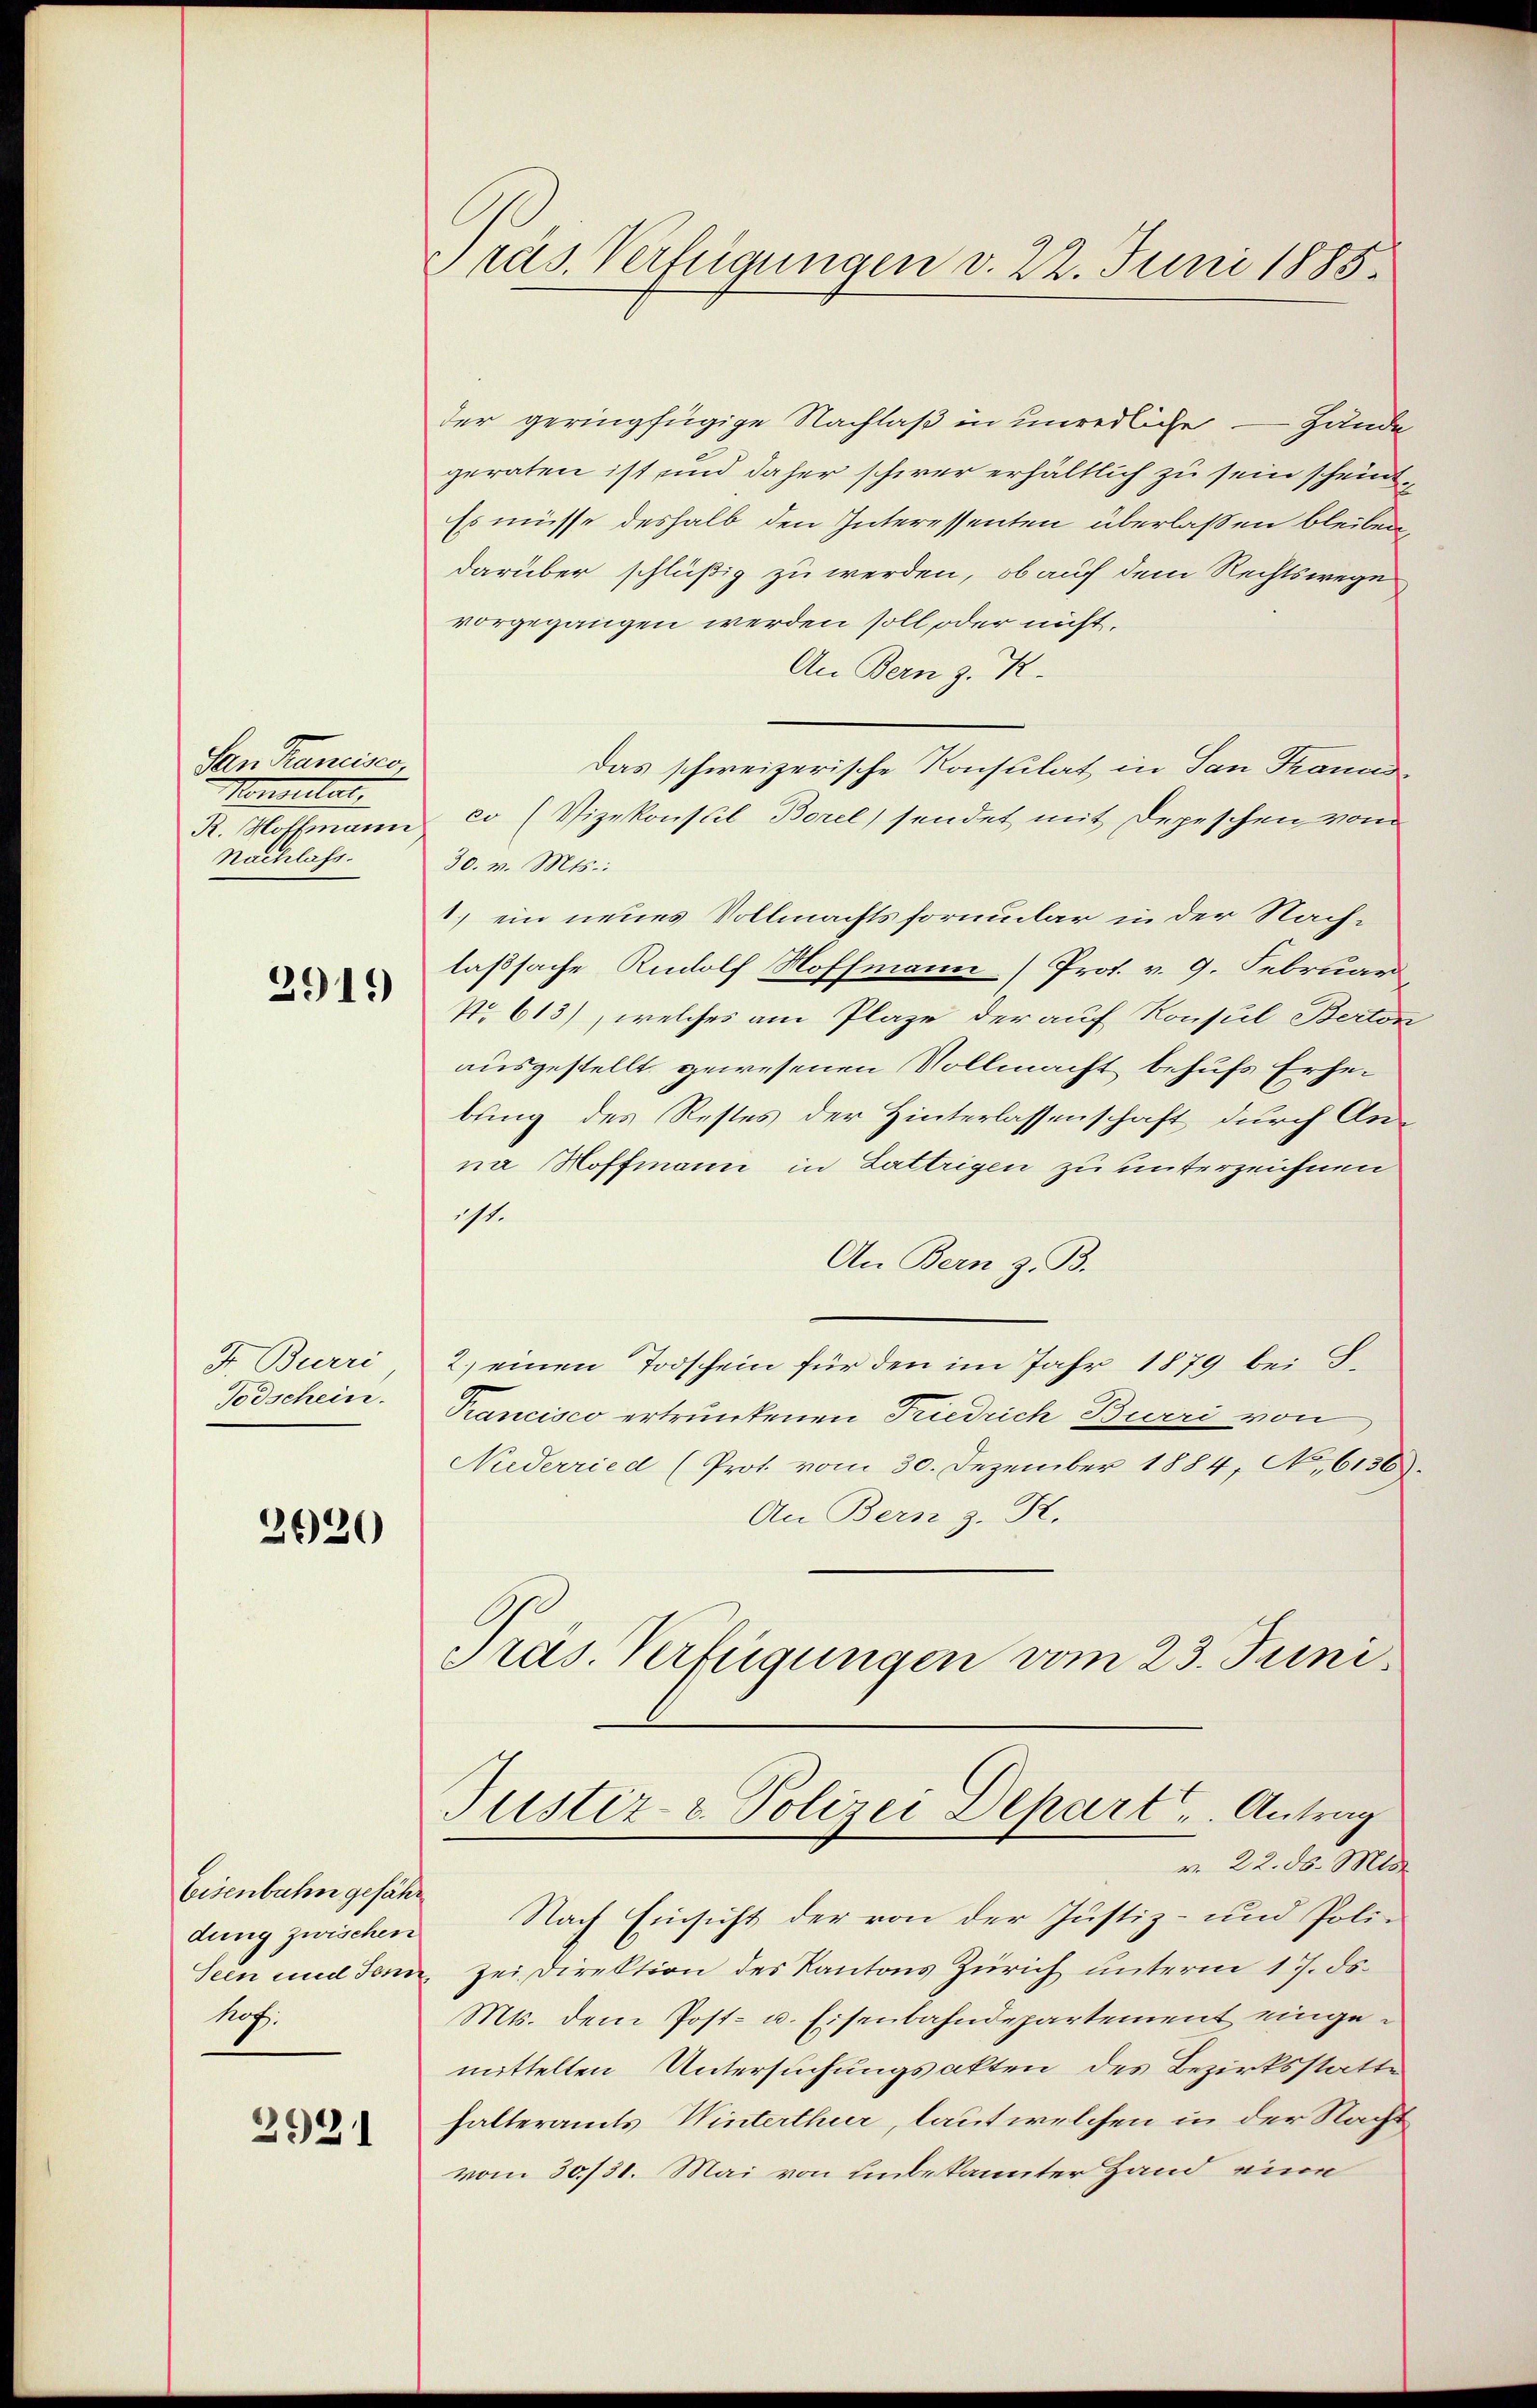
San Francisco,
Monsistat
Nachlass.

2919

F. Burri
Todschein.

2020

Eisenbahn gefähr
dung zwischen
hof.

3921

Präs. Verfügungen v. 22. Juni 1885.

der geringfügige Nachlaß in unredliche — Hände
geraten ist, und daher schwer erhältlich zu sein scheint,
Es müsse deshalb den Interessenten überlaßen bleiben,
darüber schlüßig zu werden, ob auch dem Rechtswege
vorgegangen werden soll, oder nicht,
An Bern z. K.
Das schweizerische Konsulat in San Tranus
R. Hoffmann co (Vizekonsul Borel sendet mit Depeschen vom
30. v. Mts.:
1.) ein neues Vollmachtsformular in der Nachlaßsache Rudolf Hoffmann (Prot. v. 9. Februar
No 613), welches am Plaze der auf Konsul Berton
ausgestellt gewesenen Vollmacht behufs Erheibung des Restes der Hinterlassenschaft durch Anna Stoffmann in Lattrigen zu unterzeichnen
ist.
An Bern z. B.
2.) einen Todschein für den im Jahr 1879 bei B.
Prancisco ertrunkenen Friedrich Burri von
Niderried (Prot. vom 30. Dezember 1884, No. 6136).
An Bern z. R.
Präs. Verfügungen vom 23. Juni.
Justiz- & Polizei Depart u. Antrag
v. 22. ds. Mts.
Nach Einsicht der von der Justiz- und Poli¬
Seen und den sei Direktion des Kantons Zürich unterm 17. ds.
Mts. dem Post- u. Eisenbahndepartement eingemittelten Untersuchungsakten des Bezirksstatte
halteramts Winterthur, laut welchen in der Nacht
vom 30./31. Mai von unbekannter Hand eine